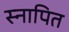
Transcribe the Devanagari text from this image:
स्नापित